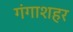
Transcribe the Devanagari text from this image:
गंगाशहर